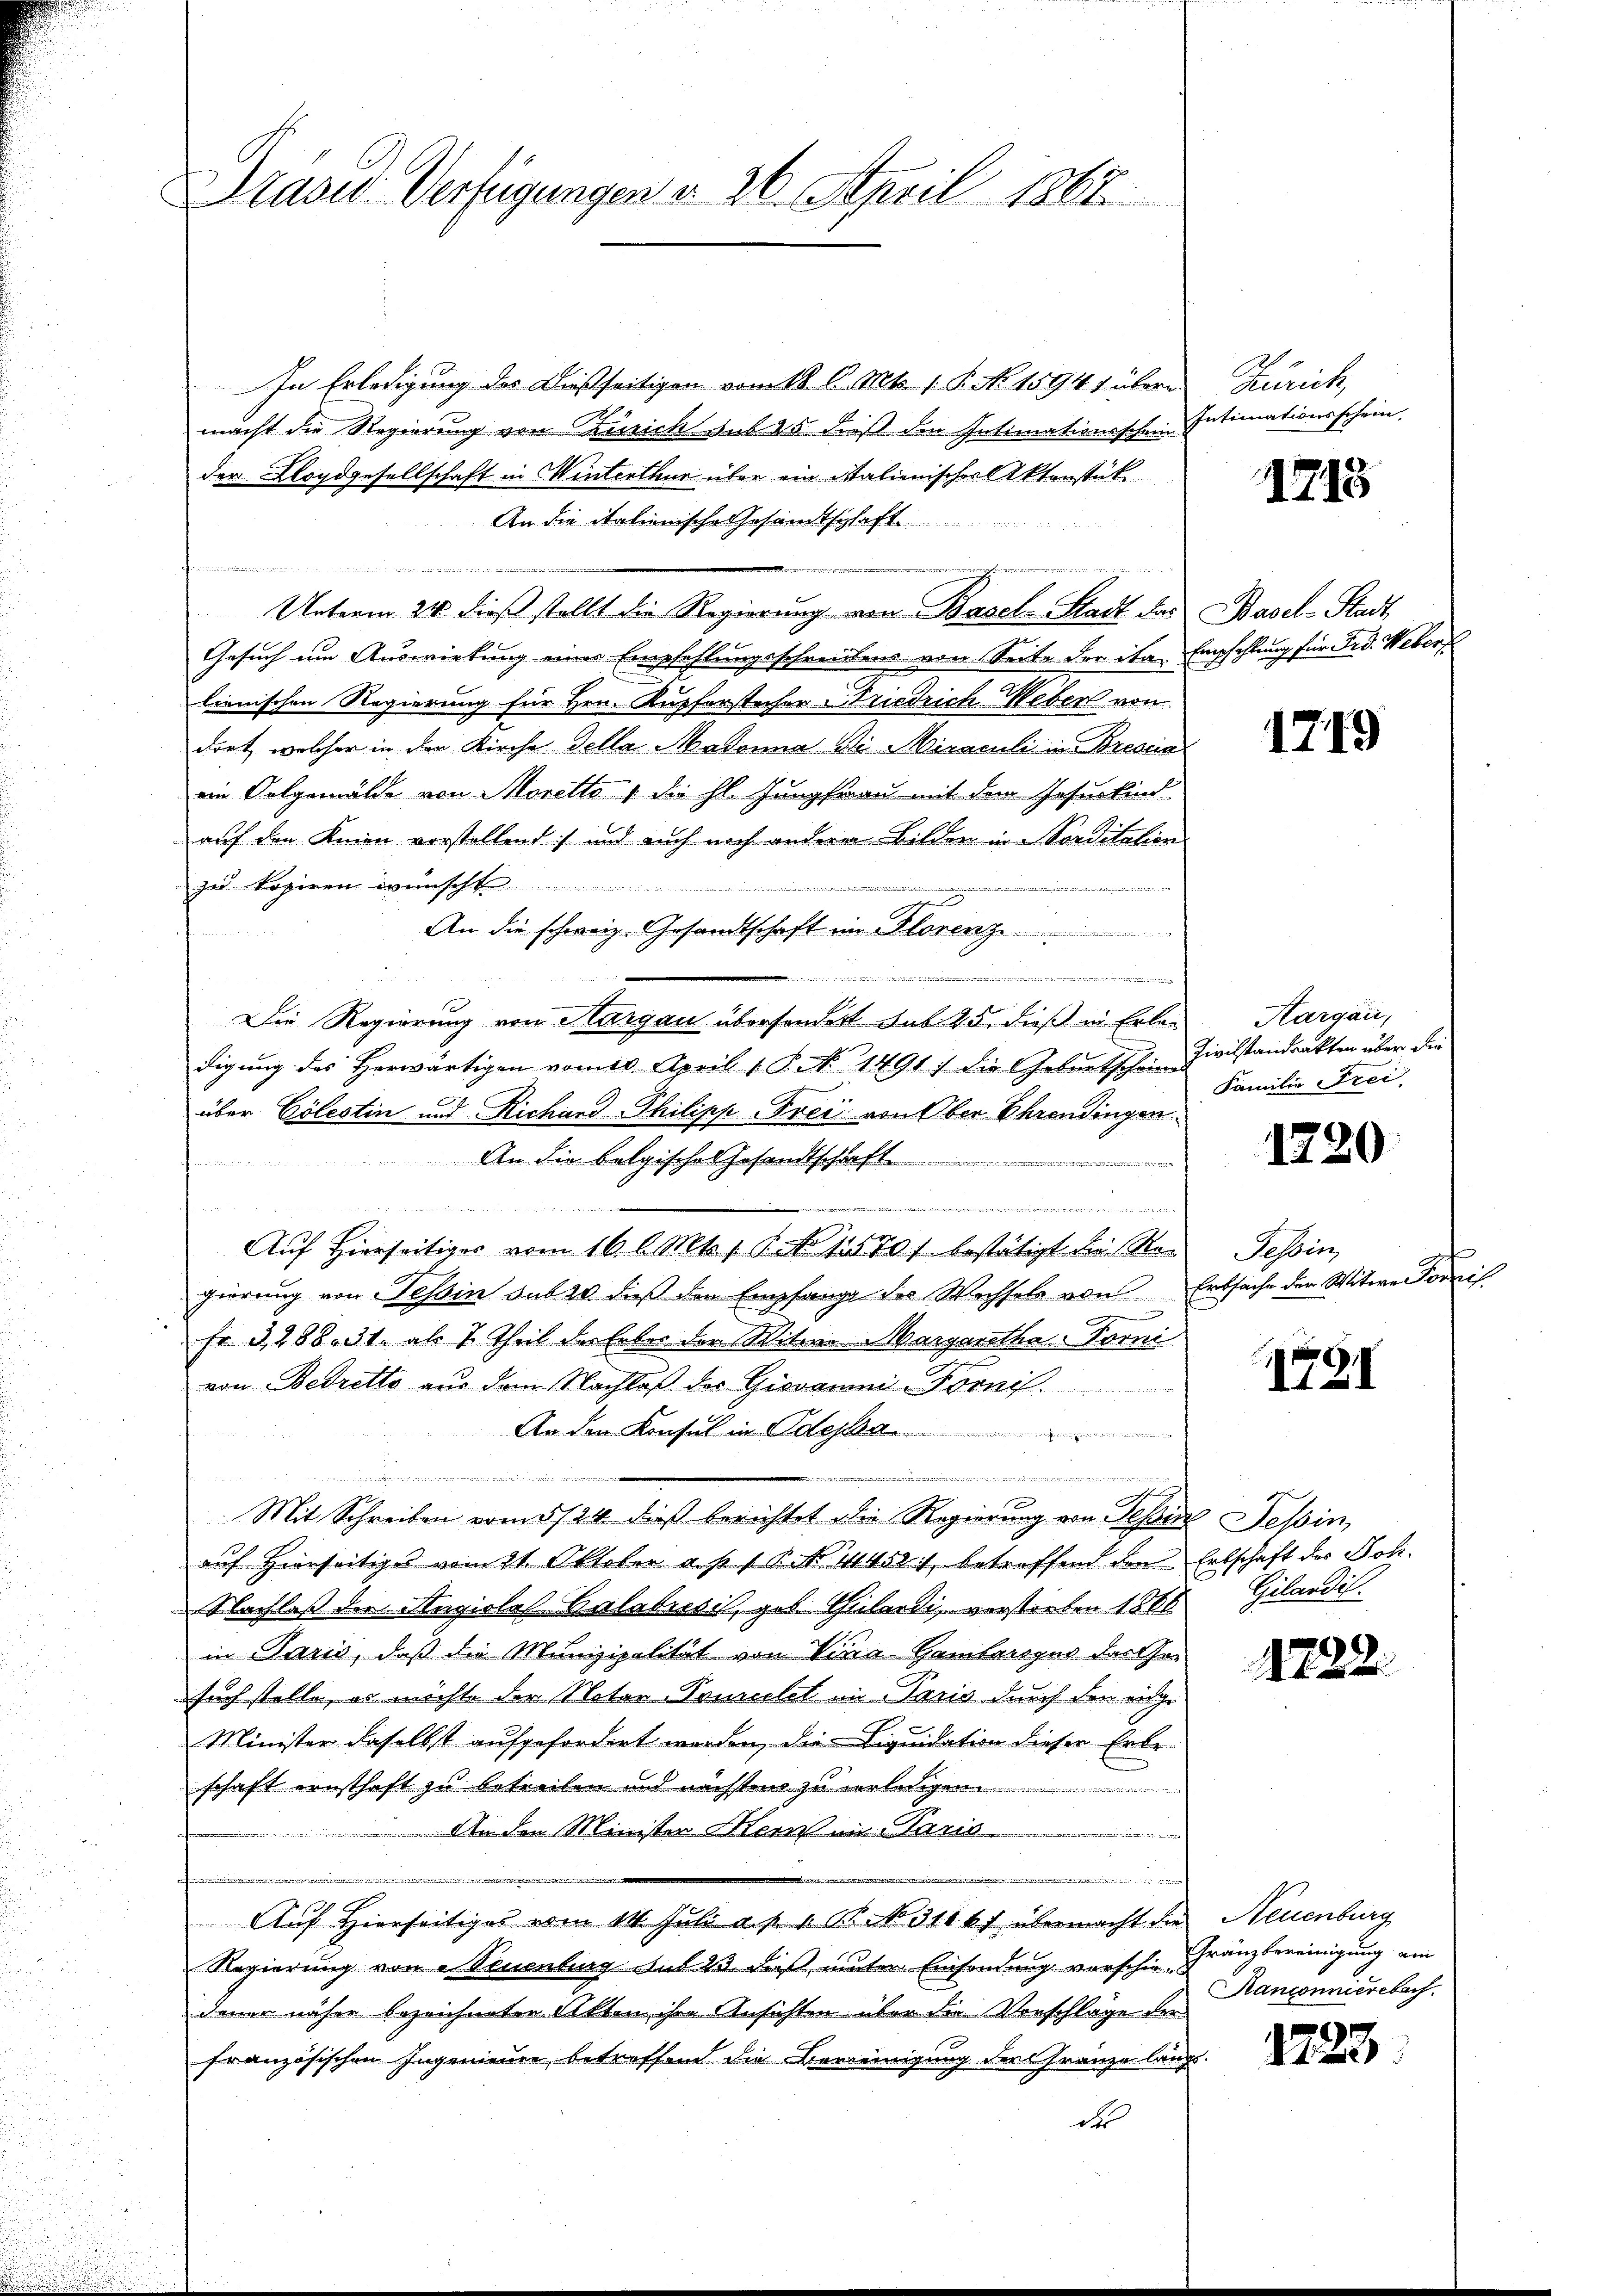
Dräsid. Verfügungen d. 26. April 1861

In Erledigung des Dießseitigen vom 18. d. Mts. 1. P. No. 1594 übermacht die Regierung von Zürich sub 25 dieß den Intimationsschein-
der Blogdgesellschaft in Winterthur über ein Malienischer Aktenstük
An die italienische Gesandtschaft
see
e
de
Unterm 24. dieß stellt die Regierung von Basel-Stadt das Basel-Stadt
Gesuch um Auswirkung eines Empfehlungsschreibens von Seite der ita Empfehlung für rd. Weberf
lienischen Regierung für Hrn. Kupferstecher Friedrich Weber von
dort, welcher in der Kirche della Madonna di Miraculi in Bresen
ein Oetgemälde von Moretto 1 die hl. Jungfrau mit dem Insurkind
auf den Knien vorstellend und auch noch andern Bilden in Norditation
zu kopiren wünscht
An die schweiz. Gesandtschaft ein Florenz

Die Regierung von Aargau übersondert sub 25, dieß in Erleidigung des Herwärtigen vom 10 April 1. P. No. 1491 :/ die Geburtscheines
über Cölestin und Richard Philipp-Frei von Ober Ehrendingen
An die belgischen Gesandtschaft
Geister
f
i

Auf Hierseitiges vom 16. l. Mts. 16. No 11570/ bestätigt die Regierung von Tessin sub 20. dieß den Empfange des Wechsels von Erbsache der Witwe ni
Fr. 3, 288. 31. als 2 Theil der Leber der Witwe Margaretha, Torni
von Bedretto aus dem Nachlaß des Giovannis-Forni
An den Konsul in Odessa
e

...........
Mit Schreiben vom 5/24. dieß berichtet die Regierung von Tessin Tessin,
auf Hierseitige vom 21. Oktober a. p. 1 P. Nr. 44581, betroffend den Erbschaft der Joh.
Nachlaß der Angiolel Calabrosi, geb. Teilendi, verstorben 1886
in Paris, daß die Munizipalität von Vine Geinberger der Gesuch stelle, es möchte der Notar Vomelet in Paris durch den eige
Minister daselbst aufgefordert worden, die Liquidation dieser Erbe-
schaft ernsthaft zu betreiten und nächsten zu verledigen....................................
eden Minister Herrn Land
ver
ang
e
E
Auf Hierseitiges vom 14. Juli a. p. 1. Okt. No. 311 6f übermacht die
Regierung von Neuenburg sul 23. dieß unter Einsendung verschie-Franzbereinigung
denen näher bezeichneten Akten ihre Ansichten über die Vorschläge der
französischen Ingenieure betreffend die Bereinigung der Franze lang
des

Zürich,
Intimationsschein,

1713

1719

Kargau,
Zivilstandrakten über die
Familie Frei

1720.

Tessin

1791

Gilandil.

1222.

Neuenburg
Ranconnierebach.

1223